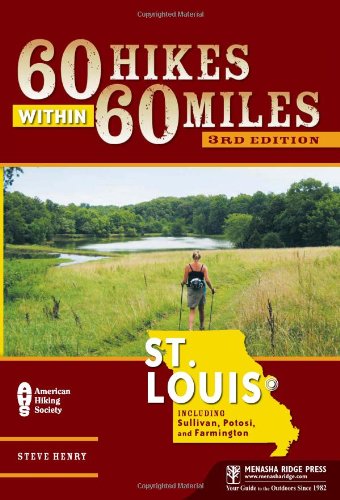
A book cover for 60 Hikes Within 60 Miles: St. Louis: Including Sullivan, Potosi, and Farmington; Steve Henry; Health, Fitness & Dieting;